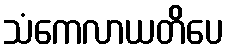
သံကေလာယတိပေ